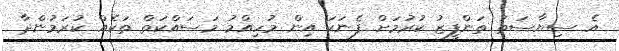
އެ ސިޔާސަތު ތަންފީޒު ކުރުމަށް ފެނަކަ އިން މުހިއްމު މަސައްކަތް ތަކެއް ކުރަމުންދާ